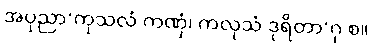
အပုညာ’ကုသလံ ကဏှံ၊ ကလုသံ ဒုရိတာ’ဂု စ။